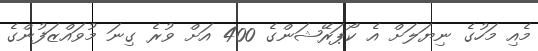
މެއި މަހުގެ ނިޔަލަށް އެ ކޯޕަރޭޝަންގެ 400 އަށް ވުރެ ގިނަ މުވައްޒަފުންގެ